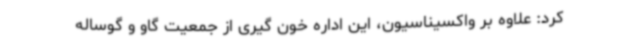
کرد: علاوه بر واکسیناسیون، این اداره خون گیری از جمعیت گاو و گوساله